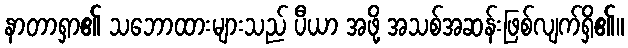
နာတာရှာ၏ သဘောထားများသည် ပီယာ အဖို့ အသစ်အဆန်းဖြစ်လျက်ရှိ၏။